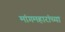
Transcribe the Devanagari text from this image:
मांगमहारांच्या